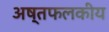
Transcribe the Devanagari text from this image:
अष्तफलकीय